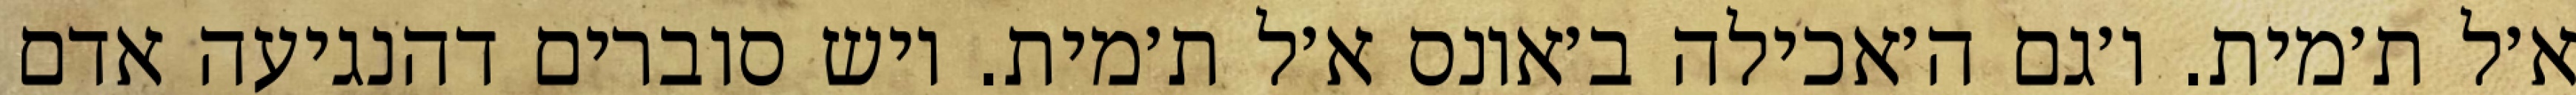
א׳ל ת׳מית. ו׳גם ה׳אכילה ב׳אונס א׳ל ת׳מית. ויש סוברים דהנגיעה אדם